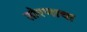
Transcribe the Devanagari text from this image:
तोरणाचा